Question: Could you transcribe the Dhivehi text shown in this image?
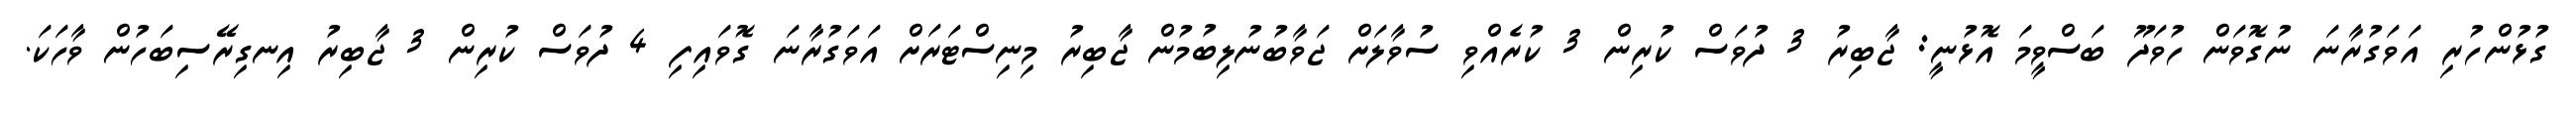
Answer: ގުޅުންހުރި އަވަގުރާނަ ނުގޮވަން ހުވަދޫ ބަސްވީމަ އޮޅުނީ: ޖާބިރު 3 ދުވަސް ކުރިން 3 ކުރެއްވި ސުވާލަށް ޖަވާބުނުލިބުމުން ޖާބިރު މިނިސްޓަރަށް އަވަގުރާނަ ގޮވައިފި 4 ދުވަސް ކުރިން 3 ޖާބިރު އިނގިރޭސިބަހުން ވާހަކަ.